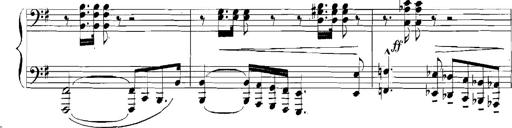
Title: Rhapsodies hongroises
Composer: Franz Liszt